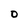
Character: 0